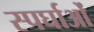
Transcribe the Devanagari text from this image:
स्पर्घाओं